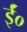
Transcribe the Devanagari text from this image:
ईं०